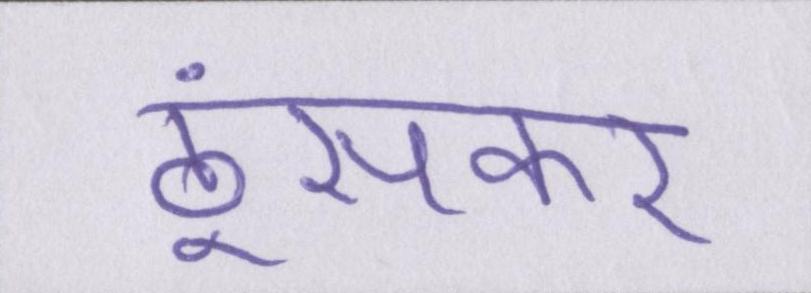
ठूंसकर